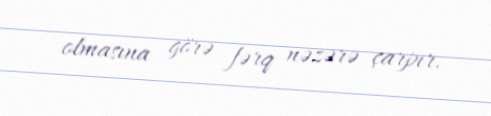
olmasına görə fərq nəzərə çarpır.